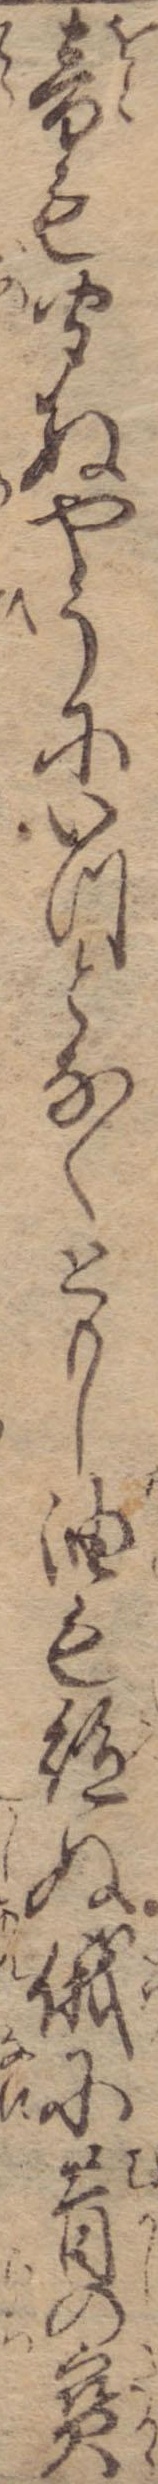
音も聞ぬやうにいつとなくともし油も絶ぬ俄に昔の宝